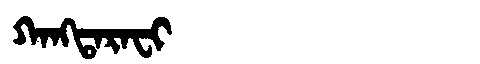
Manchu: ᡴᠠᠩᡨᠠᡵᠠᠸᡳ
Romanization: KANGTARAFI